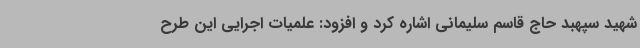
شهید سپهبد حاج قاسم سلیمانی اشاره کرد و افزود: علمیات اجرایی این طرح